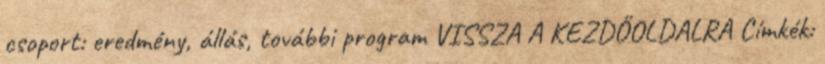
csoport: eredmény, állás, további program VISSZA A KEZDŐOLDALRA Címkék: